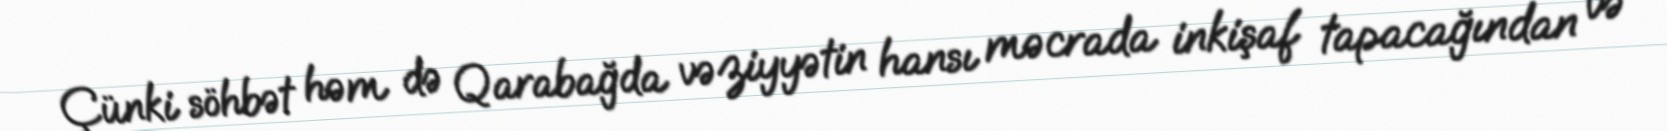
Çünki söhbət həm də Qarabağda vəziyyətin hansı məcrada inkişaf tapacağından və